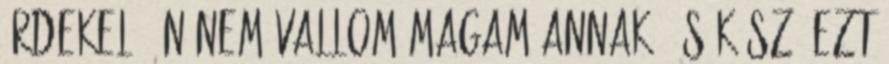
érdekel, én nem vallom magam annak, és kész. Ezt